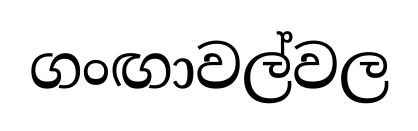
ගංඟාවල්වල